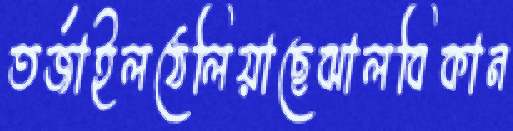
তর্জাইলঠেলিয়াছেঝালবিকান